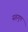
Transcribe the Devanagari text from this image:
सहगुण